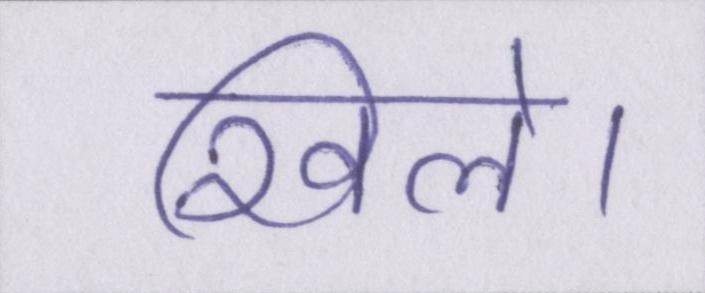
खिले।